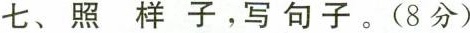
七、照样子，写句子。(8分)